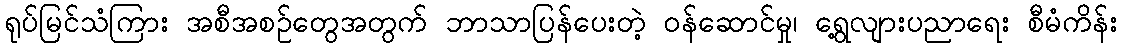
ရုပ်မြင်သံကြား အစီအစဉ်တွေအတွက် ဘာသာပြန်ပေးတဲ့ ဝန်ဆောင်မှု၊ ရွေ့လျားပညာရေး စီမံကိန်း